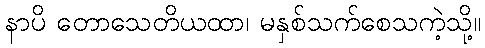
နာပိ တောသေတိယထာ၊ မနှစ်သက်စေသကဲ့သို့။